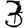
Digit: 3